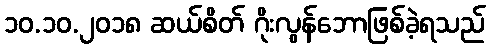
၁၀.၁၀.၂၀၁၈ ဆယ်စိတ် ဂိုးလွန်ဘောဖြစ်ခဲ့ရသည်